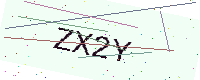
Text: ZX2Y